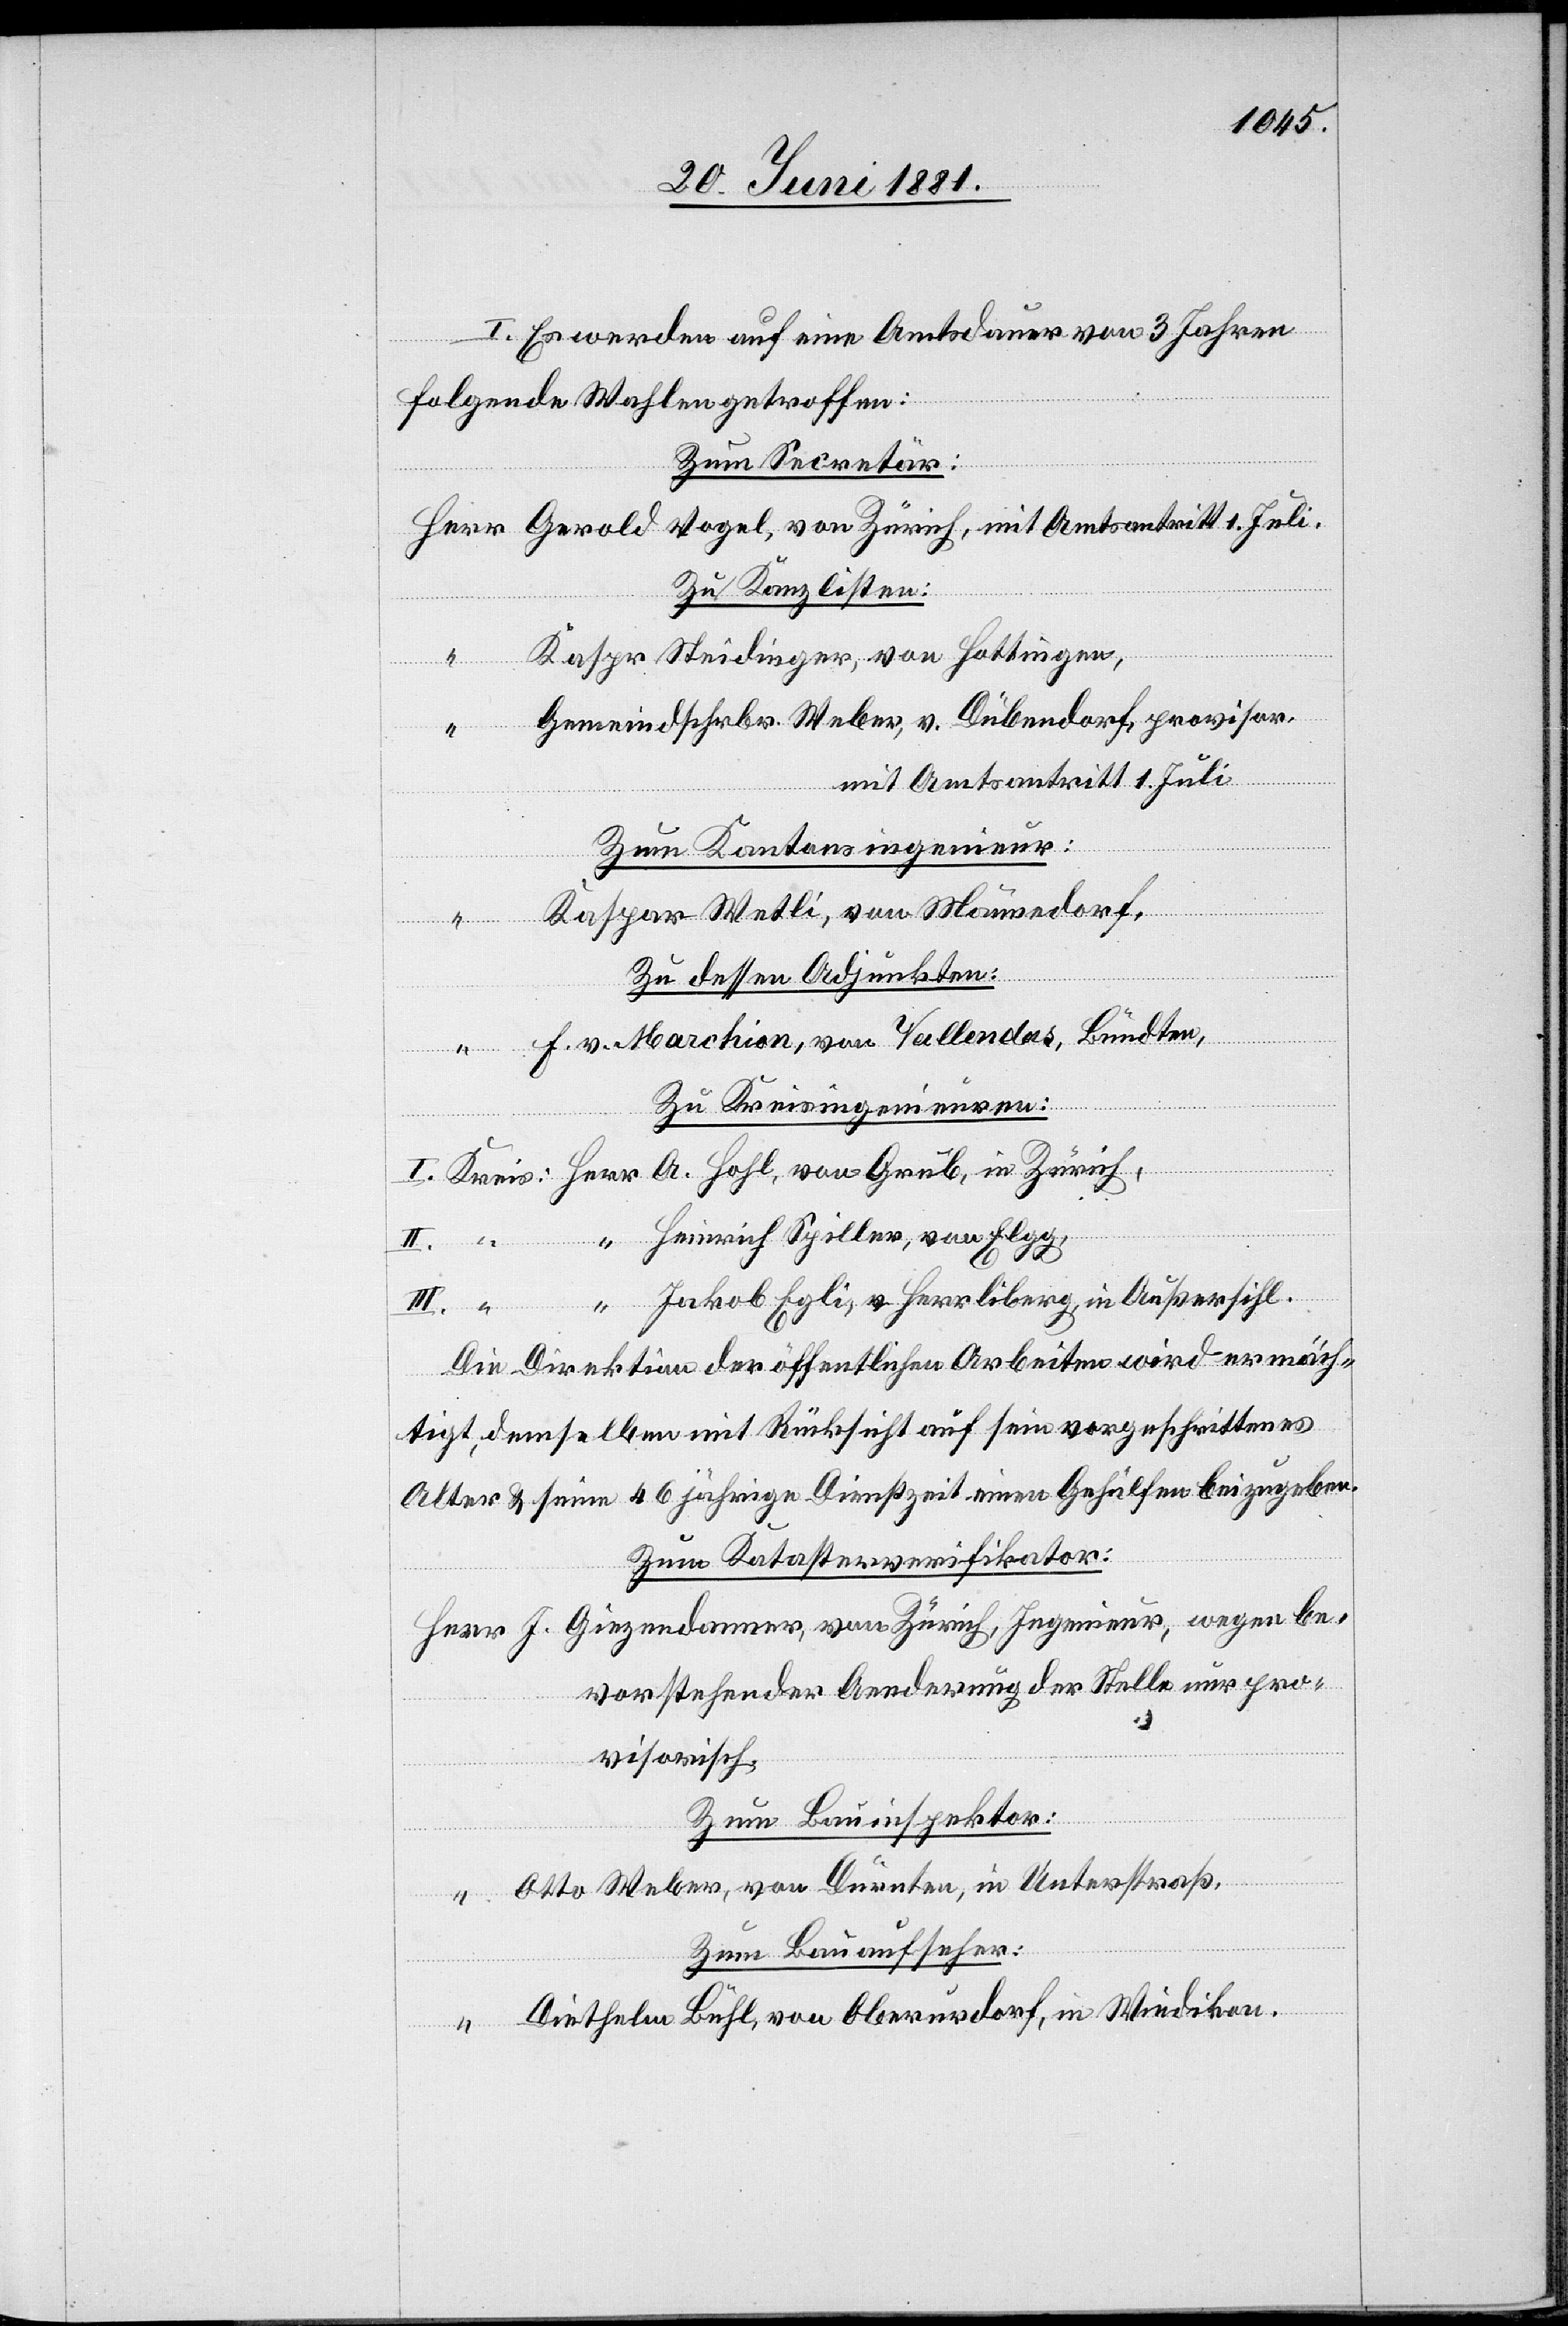
I. Es werden auf eine Amtsdauer von 3 Jahren
folgende Wahlen getroffen:
Zum Secretär:
Zu Kanzlisten:
Kaspr Steidinger, von Hottingen,
Gemeindschrbr. Weber, v. Dübendorf, provisor,
mit Amtsantritt 1. Juli
Zum Kantonsingenieur:
Kaspar-Wetli, von Männedorf,
Zu dessen Adjunkten:
F. v. Marchion, von Vallendas, Bündten,
Zu Kreisingenieuren:
I. Kreis: Herr A. Hohl, von Grub, in Zürich,
II. “ “ Heinrich Spiller, von Elgg,
“ Jakob Egli, v. Herrliberg, in Außersihl.
Die Direktion der öffentlichen Arbeiten wird ermäch¬
tigt, demselben mit Rücksicht auf sein vor[t]geschrittenes
Alter & seine 46 jährige Dienstzeit einen Gehülfen beizugeben.
Zum Katasterverifikator:
J. Giezendanner, von Zürich, Ingenieur, wegen be¬
vorstehender Aenderung der stelle nur pro¬
visorisch,
Zum Bauinspektor:
Otto Weber, von Dürnten, in Unterstraß,
Zum Bauaufseher:
Diethelm Bühl, von Oberurdorf, in Wiedikon.